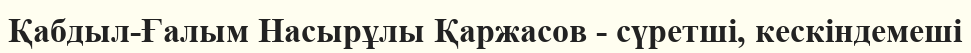
Қабдыл-Ғалым Насырұлы Қаржасов - сүретші, кескіндемеші